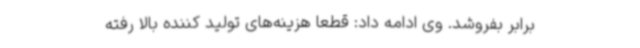
برابر بفروشد. وی ادامه داد: قطعاً هزینه‌های تولید کننده بالا رفته